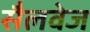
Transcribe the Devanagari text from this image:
सैलवेज